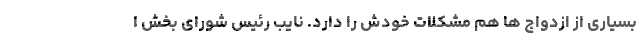
بسیاری از ازدواج ها هم مشکلات خودش را دارد. نایب رئیس شورای بخش ا